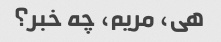
هی، مریم، چه خبر؟